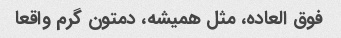
فوق العاده، مثل همیشه، دمتون گرم واقعا